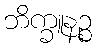
ဘိက္ခူနဉ္စ